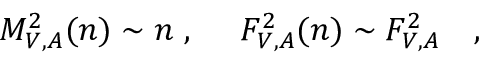
M _ { V , A } ^ { 2 } ( n ) \sim n \ , \ \ \ \ F _ { V , A } ^ { 2 } ( n ) \sim F _ { V , A } ^ { 2 } \quad ,